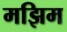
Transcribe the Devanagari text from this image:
मझिम